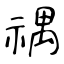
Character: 禑